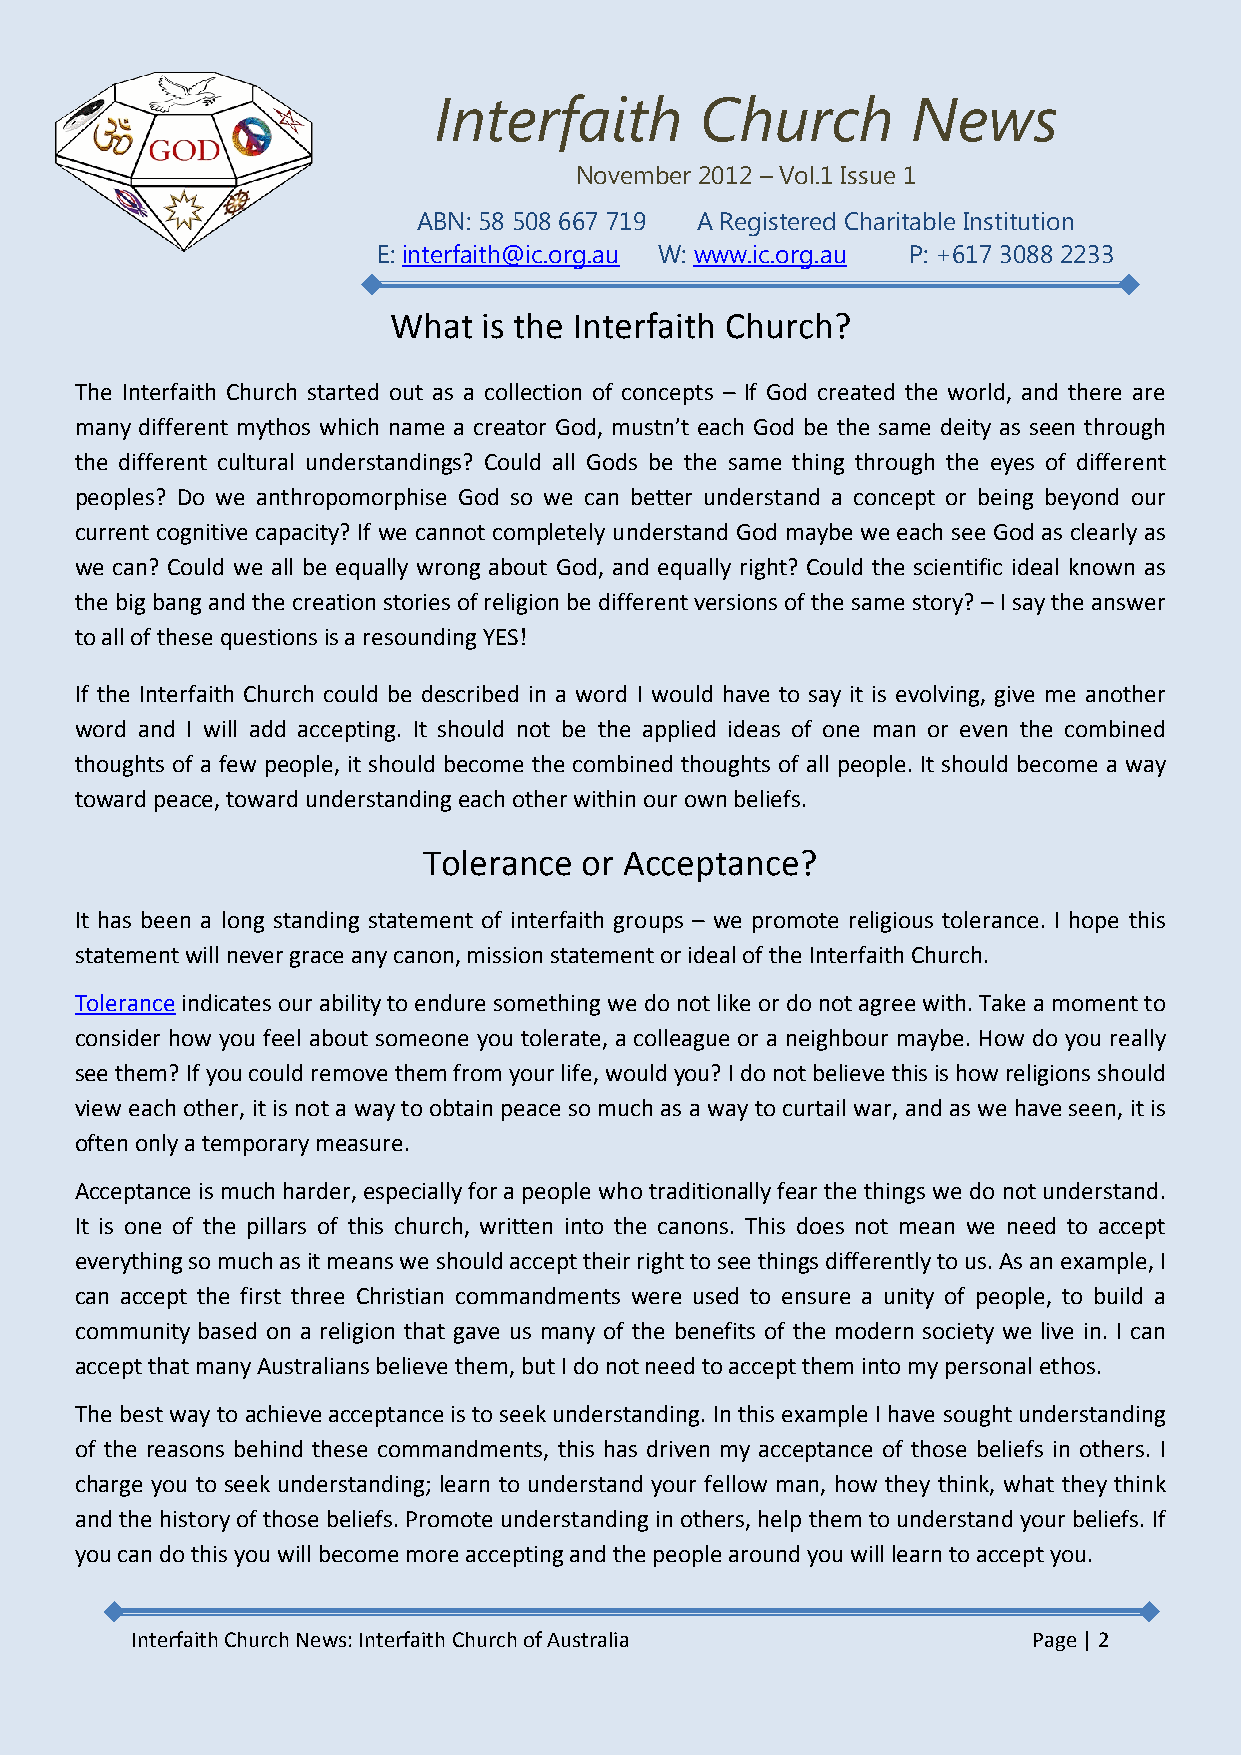
Interfaith       Church        News
 November 2012 – Vol.1 Issue 1
 ABN: 58 508 667 719 A Registered Charitable Institution
 E: interfaith@ic.org.au W: www.ic.org.au P: +617 3088 2233
 What  is the Interfaith Church?
 The Interfaith Church started out as a collection of concepts – If God created the world, and there are
 many different mythos which name a creator God, mustn’t each God be the same deity as seen through
 the different cultural understandings? Could all Gods be the same thing through the eyes of different
 peoples? Do we anthropomorphise God so we can better understand a concept or being beyond our
 current cognitive capacity? If we cannot completely understand God maybe we each see God as clearly as
 we can? Could we all be equally wrong about God, and equally right? Could the scientific ideal known as
 the big bang and the creation stories of religion be different versions of the same story? – I say the answer
 to all of these questions is a resounding YES!
 If the Interfaith Church could be described in a word I would have to say it is evolving, give me another
 word and I will add accepting. It should not be the applied ideas of one man or even the combined
 thoughts of a few people, it should become the combined thoughts of all people. It should become a way
 toward peace, toward understanding each other within our own beliefs.
 Tolerance  or Acceptance?
 It has been a long standing statement of interfaith groups – we promote religious tolerance. I hope this
 statement will never grace any canon, mission statement or ideal of the Interfaith Church.
 Tolerance indicates our ability to endure something we do not like or do not agree with. Take a moment to
 consider how you feel about someone you tolerate, a colleague or a neighbour maybe. How do you really
 see them? If you could remove them from your life, would you? I do not believe this is how religions should
 view each other, it is not a way to obtain peace so much as a way to curtail war, and as we have seen, it is
 often only a temporary measure.
 Acceptance is much harder, especially for a people who traditionally fear the things we do not understand.
 It is one of the pillars of this church, written into the canons. This does not mean we need to accept
 everything so much as it means we should accept their right to see things differently to us. As an example, I
 can accept the first three Christian commandments were used to ensure a unity of people, to build a
 community based on a religion that gave us many of the benefits of the modern society we live in. I can
 accept that many Australians believe them, but I do not need to accept them into my personal ethos.
 The best way to achieve acceptance is to seek understanding. In this example I have sought understanding
 of the reasons behind these commandments, this has driven my acceptance of those beliefs in others. I
 charge you to seek understanding; learn to understand your fellow man, how they think, what they think
 and the history of those beliefs. Promote understanding in others, help them to understand your beliefs. If
 you can do this you will become more accepting and the people around you will learn to accept you.
 Interfaith Church News: Interfaith Church of Australia     Page | 2